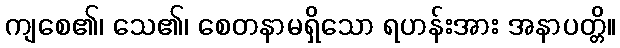
ကျစေ၏၊ သေ၏၊ စေတနာမရှိသော ရဟန်းအား အနာပတ္တိ။